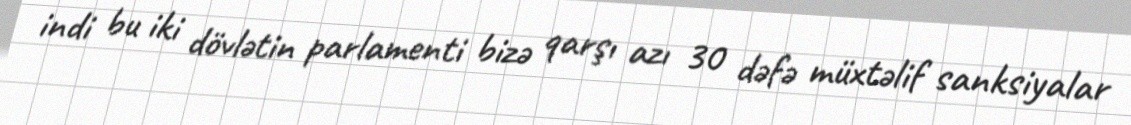
indi bu iki dövlətin parlamenti bizə qarşı azı 30 dəfə müxtəlif sanksiyalar